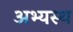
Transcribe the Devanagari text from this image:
अभ्यस्थ